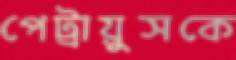
পেট্রায়ুসকে